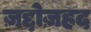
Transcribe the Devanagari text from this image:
ज़द्दोज़हद